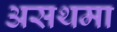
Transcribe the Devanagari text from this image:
असथमा